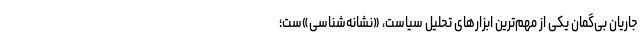
جاریان بی‌گمان یکی از مهم‌ترین ابزارهای تحلیل سیاست، «نشانه‌شناسی»‌ست؛